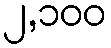
၂,၁၀၀